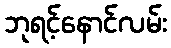
ဘုရင့်နောင်လမ်း